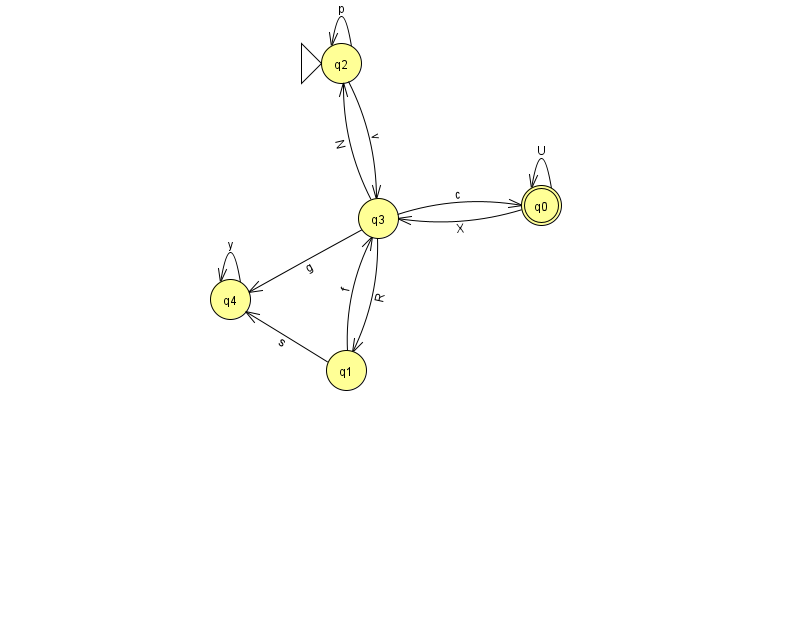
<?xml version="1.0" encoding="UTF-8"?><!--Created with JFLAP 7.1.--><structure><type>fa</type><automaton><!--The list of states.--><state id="0" name="q0"><x>541.0</x><y>192.0</y><final/></state><state id="1" name="q1"><x>346.0</x><y>357.0</y></state><state id="2" name="q2"><x>341.0</x><y>50.0</y><initial/></state><state id="3" name="q3"><x>378.0</x><y>205.0</y></state><state id="4" name="q4"><x>230.0</x><y>286.0</y></state><!--The list of transitions.--><transition><from>2</from><to>2</to><read>p</read></transition><transition><from>3</from><to>0</to><read>c</read></transition><transition><from>3</from><to>1</to><read>R</read></transition><transition><from>2</from><to>3</to><read>v</read></transition><transition><from>1</from><to>3</to><read>f</read></transition><transition><from>0</from><to>0</to><read>U</read></transition><transition><from>1</from><to>4</to><read>s</read></transition><transition><from>3</from><to>2</to><read>N</read></transition><transition><from>4</from><to>4</to><read>y</read></transition><transition><from>0</from><to>3</to><read>X</read></transition><transition><from>3</from><to>4</to><read>g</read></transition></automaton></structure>